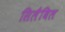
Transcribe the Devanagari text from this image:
सिलैबिल